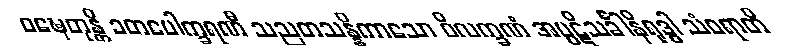
ဝဍ္ဎေတုန္တိ ခတပေါက္ခရဏီ သညတသန္နိကာသော ဝိလက္ခဏံ အပ္ပဋိသင်္ခါနိရုဒ္ဓါ သံဝရာတိ